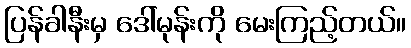
ပြန်ခါနီးမှ ဒေါ်မုန်းကို မေးကြည့်တယ်။